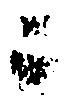
ニ